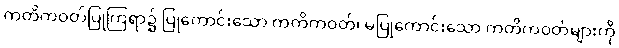
ကတိကဝတ်ပြုကြရာ၌ ပြုကောင်းသော ကတိကဝတ်၊ မပြုကောင်းသော ကတိကဝတ်များကို